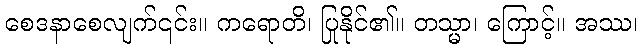
စေဒနာစေလျက်၎င်း။ ကရောတိ၊ ပြုနိုင်၏။ တသ္မာ၊ ကြောင့်။ အဿ၊